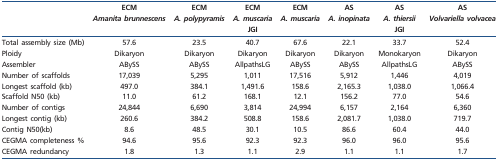
<table><thead><tr><td></td><td><b>ECM</b></td><td><b>ECM</b></td><td><b>ECM</b></td><td><b>ECM</b></td><td><b>AS</b></td><td><b>AS</b></td><td><b>AS</b></td></tr><tr><td></td><td><b><i>Amanita brunnescens</i></b></td><td><b><i>A. polypyramis</i></b></td><td><b><i>A. muscaria</i></b></td><td><b><i>A. muscaria</i></b></td><td><b><i>A. inopinata</i></b></td><td><b><i>A. thiersii</i></b></td><td><b><i>Volvariella volvacea</i></b></td></tr><tr><td></td><td></td><td></td><td><b>JGI</b></td><td></td><td></td><td><b>JGI</b></td><td></td></tr></thead><tbody><tr><td>Total assembly size (Mb)</td><td>57.6</td><td>23.5</td><td>40.7</td><td>67.6</td><td>22.1</td><td>33.7</td><td>52.4</td></tr><tr><td>Ploidy</td><td>Dikaryon</td><td>Dikaryon</td><td>Dikaryon</td><td>Dikaryon</td><td>Dikaryon</td><td>Monokaryon</td><td>Dikaryon</td></tr><tr><td>Assembler</td><td>ABySS</td><td>ABySS</td><td>AllpathsLG</td><td>ABySS</td><td>ABySS</td><td>AllpathsLG</td><td>ABySS</td></tr><tr><td>Number of scaffolds</td><td>17,039</td><td>5,295</td><td>1,011</td><td>17,516</td><td>5,912</td><td>1,446</td><td>4,019</td></tr><tr><td>Longest scaffold (kb)</td><td>497.0</td><td>384.1</td><td>1,491.6</td><td>158.6</td><td>2,165.3</td><td>1,038.0</td><td>1,066.4</td></tr><tr><td>Scaffold N50 (kb)</td><td>11.0</td><td>61.2</td><td>168.1</td><td>12.1</td><td>156.2</td><td>77.0</td><td>54.6</td></tr><tr><td>Number of contigs</td><td>24,844</td><td>6,690</td><td>3,814</td><td>24,994</td><td>6,157</td><td>2,164</td><td>6,360</td></tr><tr><td>Longest contig (kb)</td><td>260.6</td><td>384.2</td><td>508.8</td><td>158.6</td><td>2,081.7</td><td>1,038.0</td><td>719.7</td></tr><tr><td>Contig N50(kb)</td><td>8.6</td><td>48.5</td><td>30.1</td><td>10.5</td><td>86.6</td><td>60.4</td><td>44.0</td></tr><tr><td>CEGMA completeness %</td><td>94.6</td><td>95.6</td><td>92.3</td><td>92.3</td><td>96.0</td><td>96.0</td><td>95.6</td></tr><tr><td>CEGMA redundancy</td><td>1.8</td><td>1.3</td><td>1.1</td><td>2.9</td><td>1.1</td><td>1.1</td><td>1.7</td></tr></tbody></table>